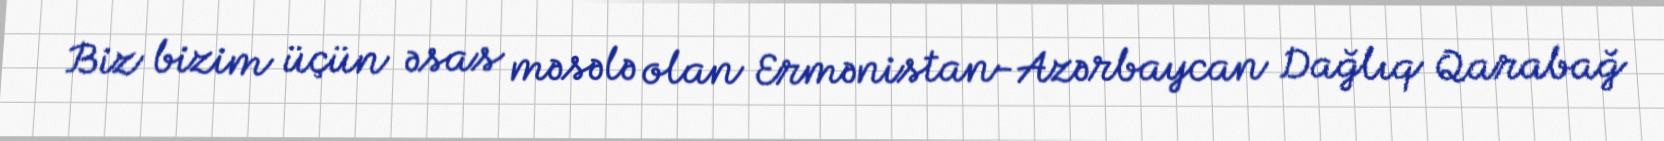
Biz bizim üçün əsas məsələ olan Ermənistan-Azərbaycan Dağlıq Qarabağ